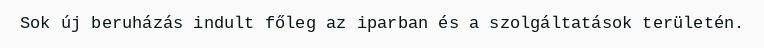
Sok új beruházás indult főleg az iparban és a szolgáltatások területén.